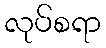
လုပ်စရာ